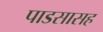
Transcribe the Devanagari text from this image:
पाडसासह